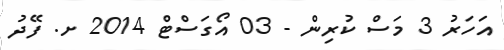
އަހަރު 3 މަސް ކުރިން - 03 އޯގަސްޓް 2014 ށ. ފޭދު